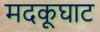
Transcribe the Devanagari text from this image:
मदकूघाट